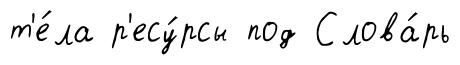
т'е́ла р'есу́рсы под Слова́рь